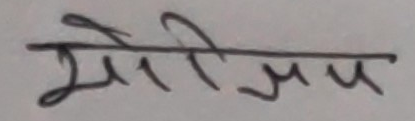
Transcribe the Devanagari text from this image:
मेरिउप